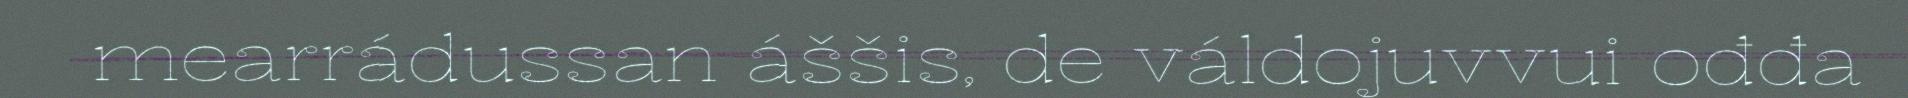
mearrádussan áššis, de váldojuvvui ođđa